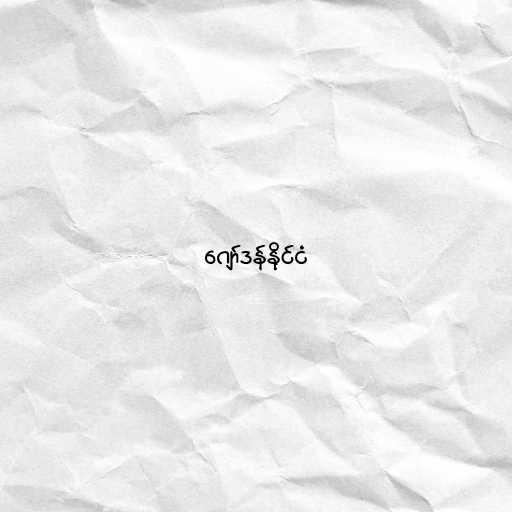
ဂျော်ဒန်နိုင်ငံ